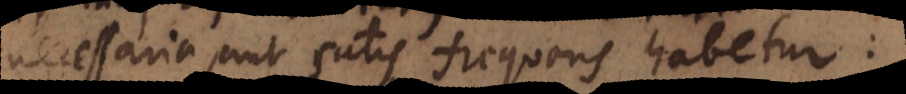
ria, aut satis frequens habetur: